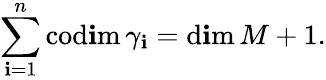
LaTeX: \sum_{\mathbf{i}=1}^{n}\mathrm{{cod\mathbf{i}m}}\, \gamma_{\mathbf{i}}=\mathrm{{d\mathbf{i}m}}\, M+1.